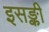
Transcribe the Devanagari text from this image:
इसङ्की